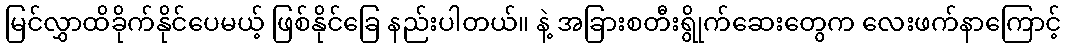
မြင်လွှာထိခိုက်နိုင်ပေမယ့် ဖြစ်နိုင်ခြေ နည်းပါတယ်။ နဲ့ အခြားစတီးရွိုက်ဆေးတွေက လေးဖက်နာကြောင့်